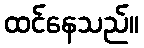
ထင်နေသည်။